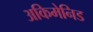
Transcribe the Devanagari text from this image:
अकिमेनिड